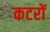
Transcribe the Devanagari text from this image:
कटरों